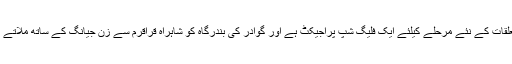
صدر مملکت نے کہا کہ پاک چین اقتصادی راہداری پاکستان اور چین کے درمیان تعلقات کے نئے مرحلے کیلئے ایک فلیگ شپ پراجیکٹ ہے اور گوادر کی بندرگاہ کو شاہراہ قراقرم سے زن جیانگ کے ساتھ ملاتے ہوئے کوریڈور دونوں ممالک کی معیشت کیلئے ایک ترقیاتی منصوبہ کا حامل ہوگا۔